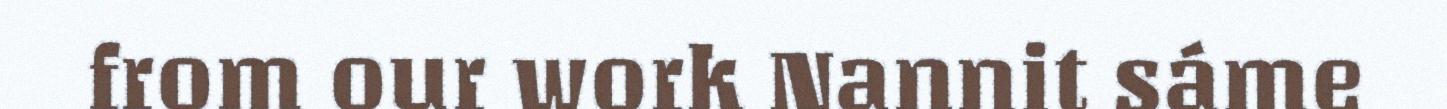
from our work Nannit sáme